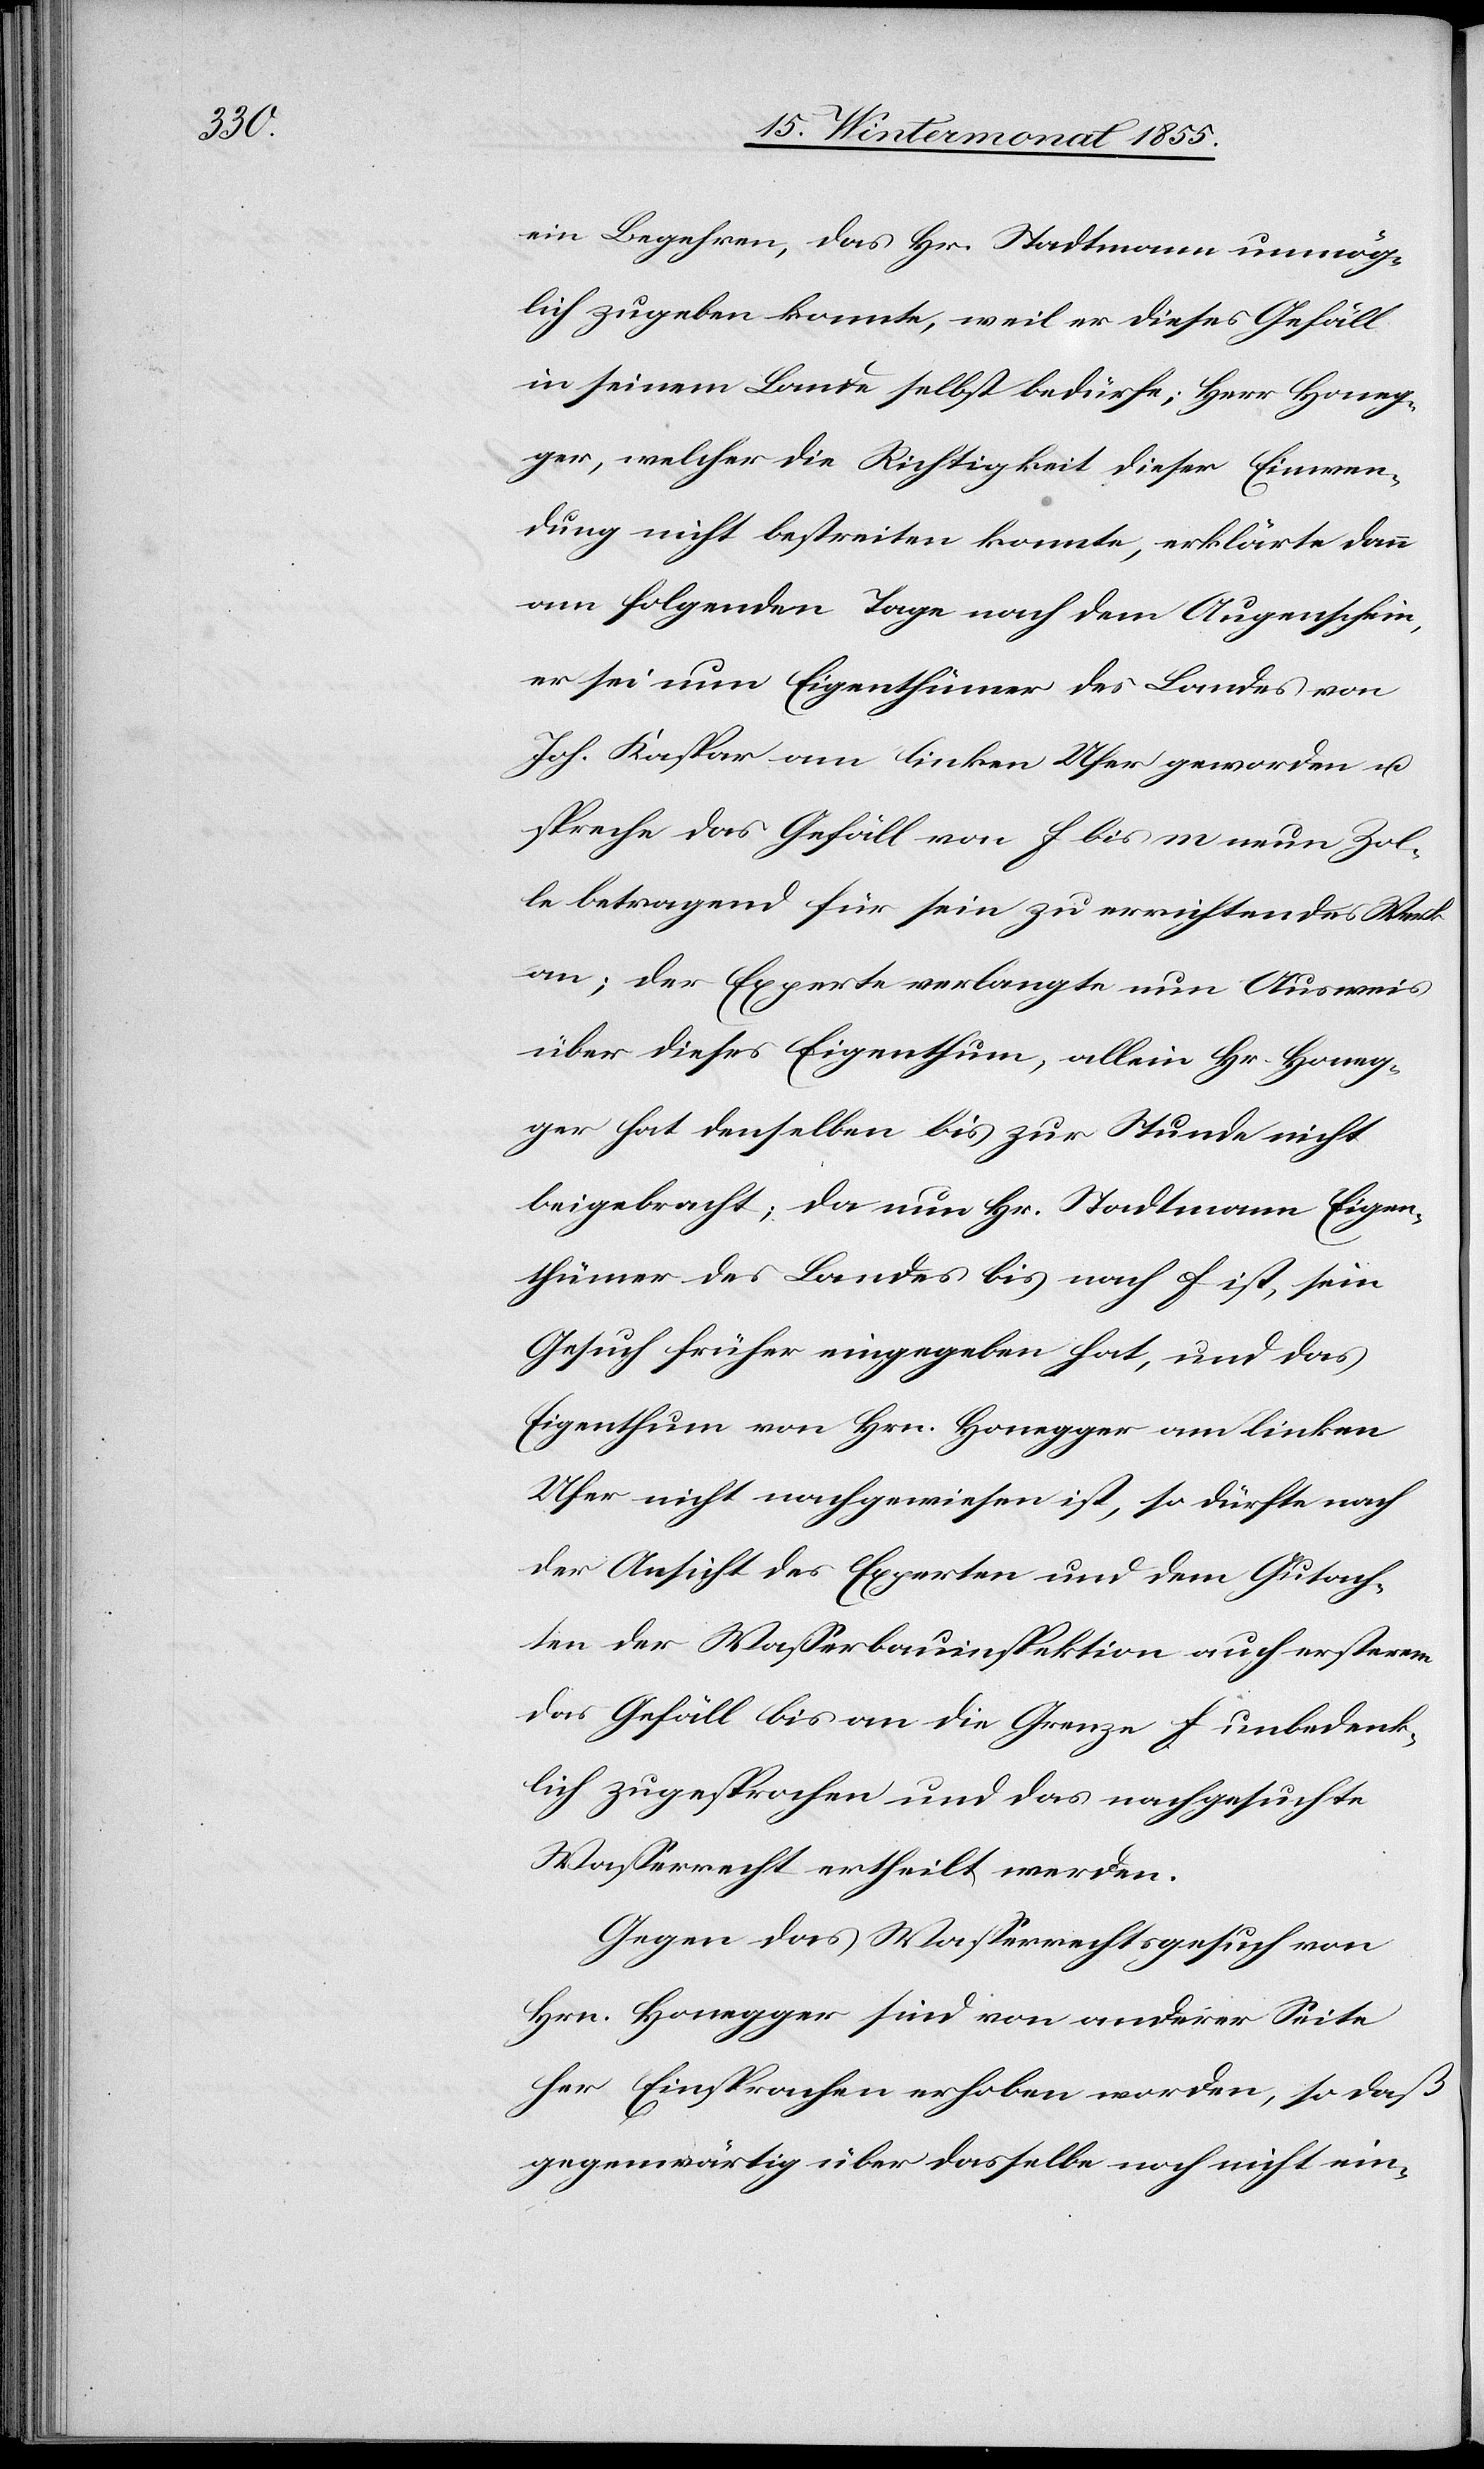
ein Begehren, das Hr. Stadtmann unmög¬
lich zugeben konnte, weil er dieses Gefäll
in seinem Lande selbst bedürfe; Herr Honeg¬
ger, welcher die Richtigkeit dieser Einwen¬
dung nicht bestreiten konnte, erklärte dann
am folgenden Tage nach dem Augenschein,
er sei nun Eigenthümer des Landes von
Joh. Kaspar am linken Ufer geworden u.
spreche das Gefäll von f bis m neun Zol¬
le betragend für sein zu errichtendes Werk
an; der Experte verlangte nun Ausweis
über dieses Eigenthum, allein Hr. Honeg¬
ger hat denselben bis zur Stunde nicht
beigebracht; da nun Hr. Stadtmann Eigen¬
thümer des Landes bis nach f ist, sein
Gesuch früher eingegeben hat, und das
Eigenthum von Hrn. Honegger am linken
Ufer nicht nachgewiesen ist, so dürfte nach
der Ansicht des Experten und dem Gutach¬
ten der Wasserbauinspektion auch ersterem
das Gefäll bis an die Grenze f unbedenk¬
lich zugesprochen und das nachgesuchte
Wasserrecht ertheilt werden.
Gegen das Wasserrechtsgesuch von
Hrn. Honegger sind von anderer Seite
her Einsprachen erhoben worden, so daß
gegenwärtig über dasselbe noch nicht ein-